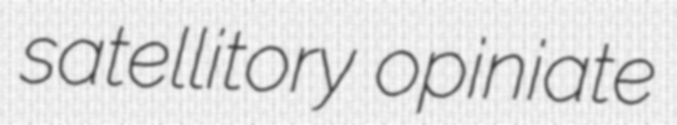
satellitory opiniate